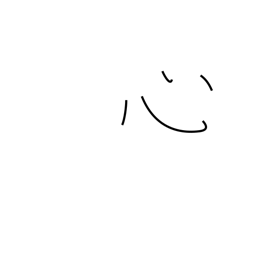
Meaning: heart radical (no. 61)